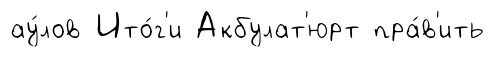
ау́лов Ито́г'и Акбулат'юрт пра́в'ить